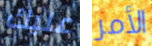
عليك الأمر